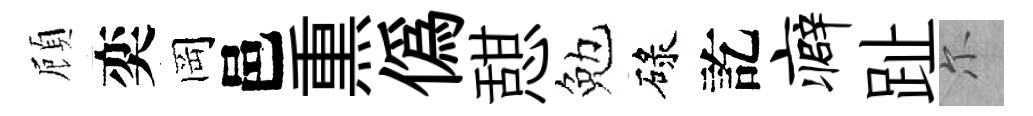
頋奕岡邑𤋱偽憇勉碌訖癖趾尓